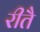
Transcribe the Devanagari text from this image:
रीतै